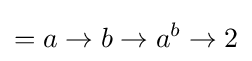
=a\to b\to a^{b}\to 2